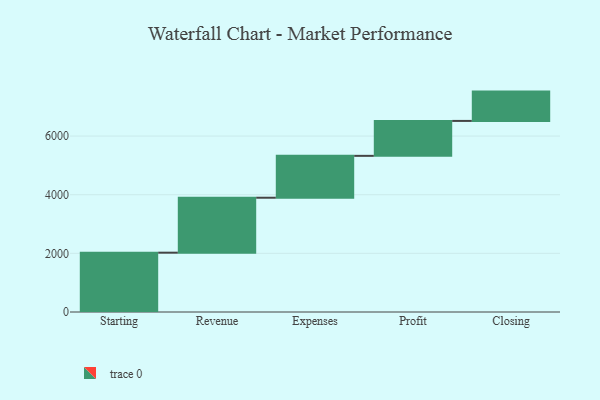
{"axis": {"x": "Step", "y": "Value"}, "legend": [""], "data": [{"x": "Starting", "y": 2023.0, "type": ""}, {"x": "Revenue", "y": 1874.0, "type": ""}, {"x": "Expenses", "y": 1428.0, "type": ""}, {"x": "Profit", "y": 1191.0, "type": ""}, {"x": "Closing", "y": 1000, "type": ""}]}